Annual report of the Punjab Veterinary College and of the Civil Veterinary Department, Punjab - 1909-1919
Year: 1909
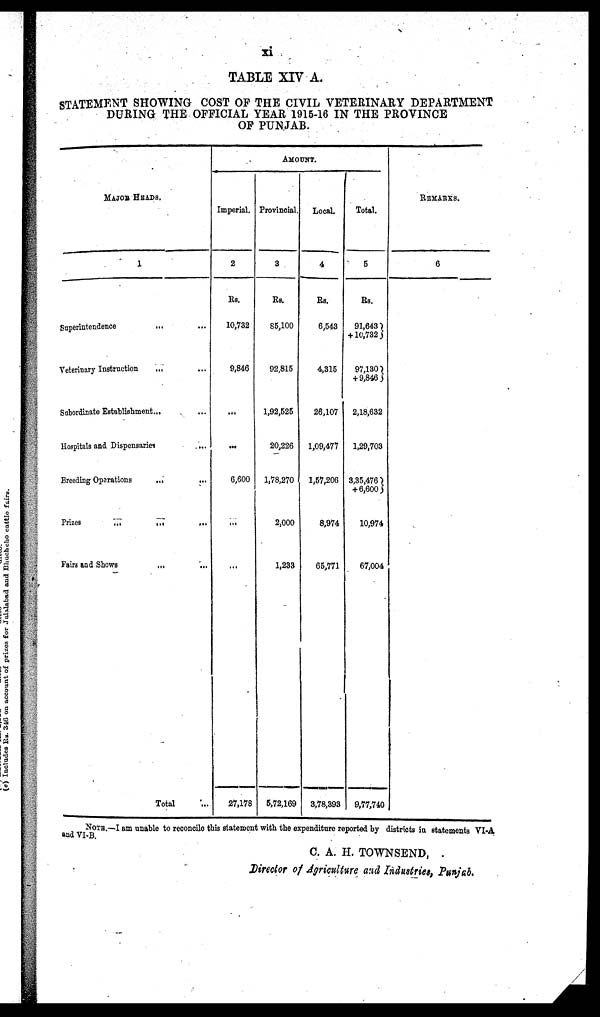
xi
TABLE XIV A.
STATEMENT SHOWING COST OF THE CIVIL VETERINARY DEPARTMENT
DURING THE OFFICIAL YEAR 1915-16 IN THE PROVINCE
OF PUNJAB.
MAJOR HEADS.
1
Superintendence
... ...
Veterinary Instruction ... ...
Subordinate Establishment ... ...
Hospitals and Dispensaries ...
Breeding Oparations ... ...
Prizes ... ... ...
Fairs and Shows ... ...
Total ...
AMOUNT.
Imperial.
2
Rs.
10,732
9,846
...
...
6,600
...
...
27,178
Provincial.
3
Rs.
85,100
92,815
1,92,525
20,226
1,78,270
2,000
1,233
5,72,169
Local.
4
Rs.
6,543
4,315
26,107
1,09,477
1,57,206
8,974
65,771
3,78,393
Total.
5
Rs.
91,643
+ 10,732
97,130
+ 9,846
2,18,632
1,29,703
3,35,476
+ 6,600
10,974
67,004
9,77,740
REMARKS.
6
NOTE.—-I am unable to reconcile this statement with the expenditure reported by districts in statements VI-A
and VI-B.
C. A. H. TOWNSEND,
Director of Agriculture and Industries, Punjab.